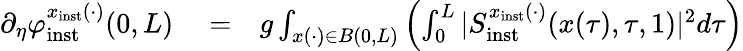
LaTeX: \begin{array}{rlr}{\partial_{\eta}\varphi_{\mathrm{inst}}^{x_{\mathrm{inst}}(\cdot)}(0,L)}&{{}=}&{g\int_{x(\cdot)\in B(0,L)}\left(\int_{0}^{L}\vert S_{\mathrm{inst}}^{x_{\mathrm{inst}}(\cdot)}(x(\tau),\tau,1)\vert^{2}d\tau\right)}\end{array}